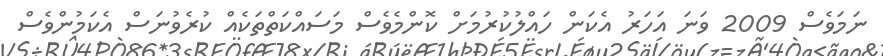
ނަމަވެސް 2009 ވަނަ އަހަރު އެކަން ހައްލުކުރުމަށް ކޮންމެވެސް މަސައްކަތްތަކެއް ކުރެވުނަސް އެކަމުންވެސް